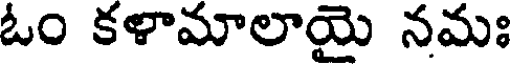
ఓం కళామాలాయై నమః